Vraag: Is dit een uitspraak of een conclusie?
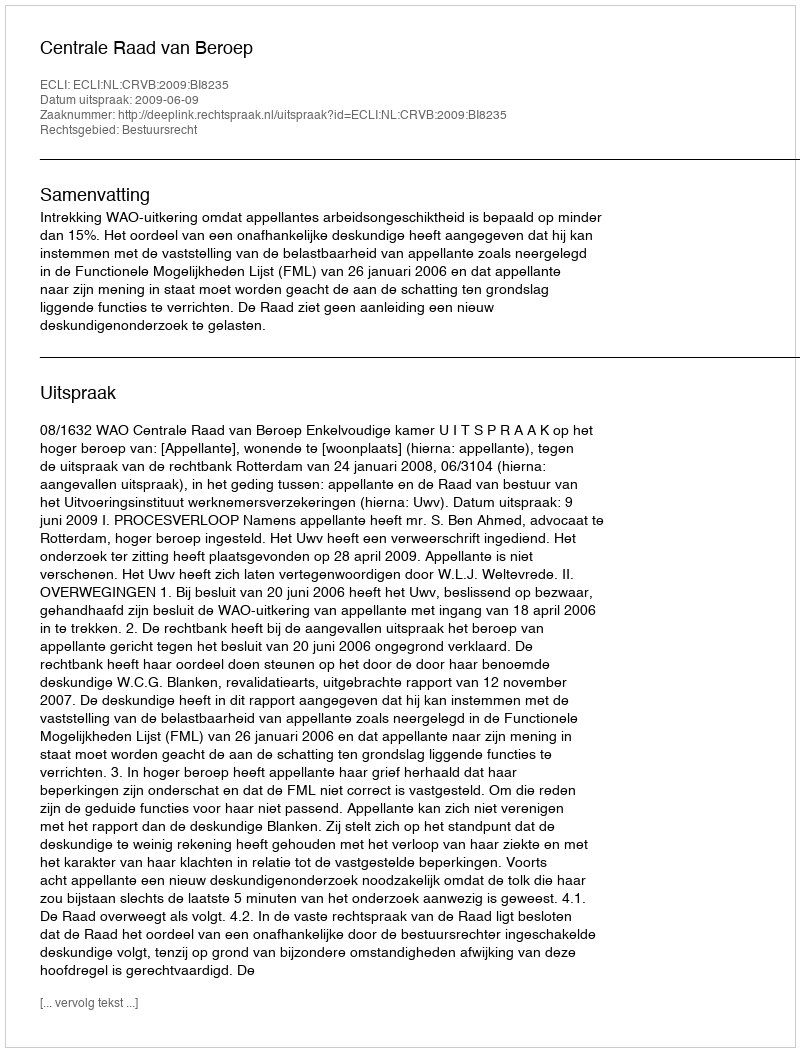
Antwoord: Uitspraak